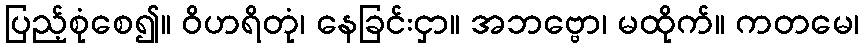
ပြည့်စုံစေ၍။ ဝိဟရိတုံ၊ နေခြင်းငှာ။ အဘဗ္ဗော၊ မထိုက်။ ကတမေ၊